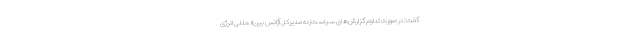
گفت: در صورت تداوم گزارش‌های سیاست‌زده مدیرکل آژانس بین‌المللی انرژی